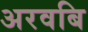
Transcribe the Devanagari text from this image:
अरवबि